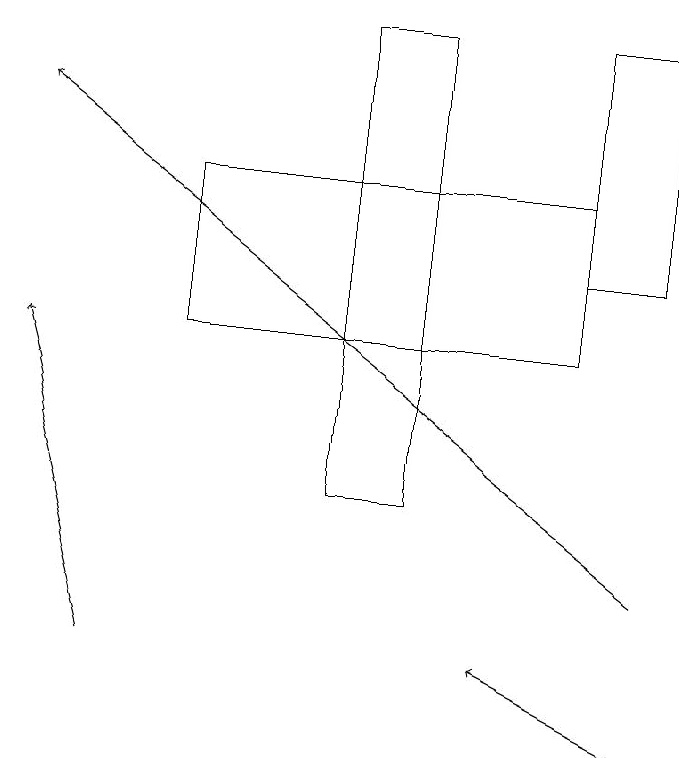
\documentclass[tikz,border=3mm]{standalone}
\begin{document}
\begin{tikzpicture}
\draw (3,17) rectangle (8,15);
\draw (9,16) rectangle (8,19);
\draw[->] (9,10) -- (7,11);
\draw (6,13) rectangle (5,19);
\draw[->] (9,12) -- (1,18);
\draw[->] (2,11) -- (1,15);
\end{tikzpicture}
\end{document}